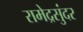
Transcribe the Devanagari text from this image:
रामेद्रसुंदर